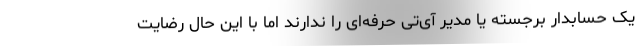
یک حسابدار برجسته یا مدیر آی‌تی حرفه‌ای را ندارند اما با این حال رضایت